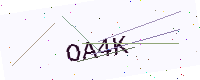
Text: OA4K